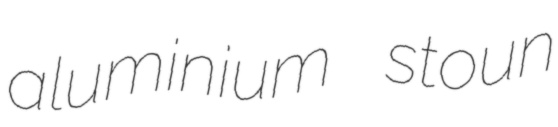
aluminium stoun